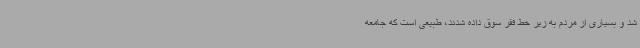
شد و بسیاری از مردم به زیر خط فقر سوق داده شدند، طبیعی است که جامعه